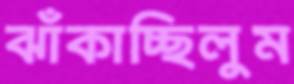
ঝাঁকাচ্ছিলুম